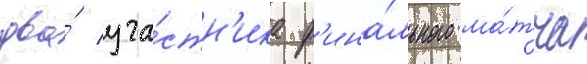
два́ уча́стн'ика ф'ина́льного ма́тча